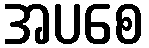
အပစေ